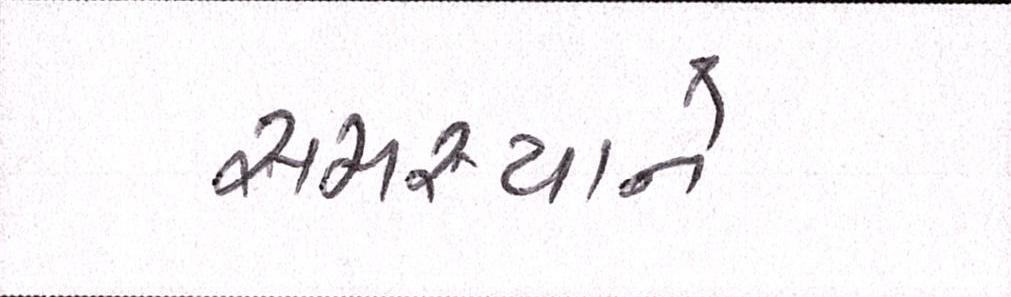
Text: સમસ્યાને